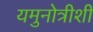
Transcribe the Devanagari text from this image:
यमुनोत्रीशी